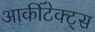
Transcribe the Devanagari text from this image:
आर्कीटेक्ट्स